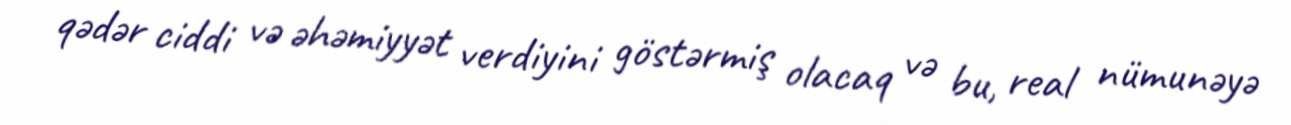
qədər ciddi və əhəmiyyət verdiyini göstərmiş olacaq və bu, real nümunəyə